Calcutta medical institutions reports 1892-1900
Year: 1892
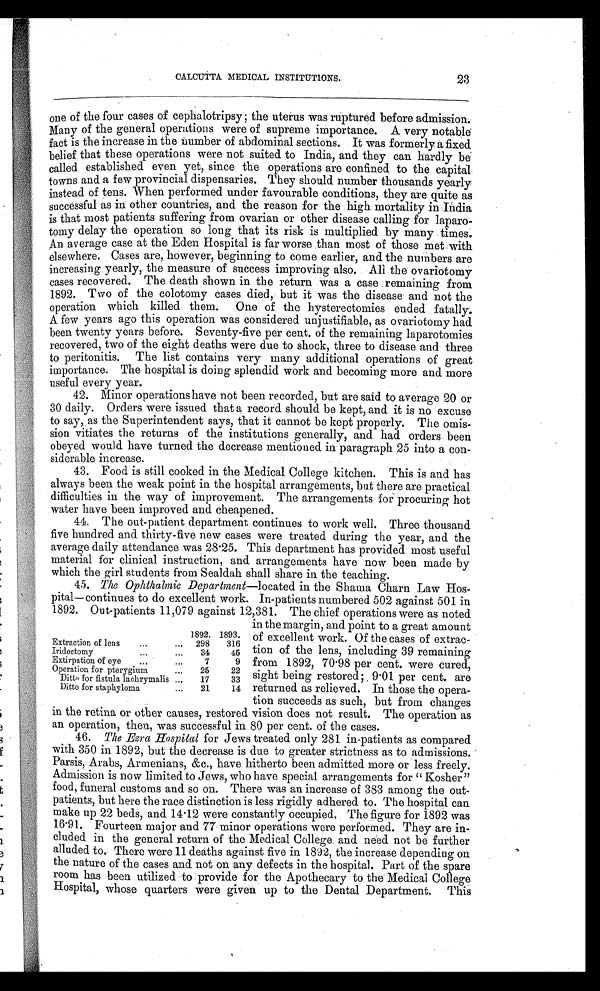
23
CALCUTTA MEDICAL INSTITUTIONS.
one of the four cases of cephalotripsy ; the uterus was ruptured before admission.
Many of the general operations were of supreme importance. A very notable
fact is the increase in the number of abdominal sections. It was formerly a fixed
belief that these operations were not suited to India, and they can hardly be
called established even yet, since the operations are confined to the capital
towns and a few provincial dispensaries. They should number thousands yearly
instead of tens. When performed under favourable conditions, they are quite as
successful as in other countries, and the reason for the high mortality in India
is that most patients suffering from ovarian or other disease calling for laparo-
tomy delay the operation so long that its risk is multiplied by many times.
An average case at the Eden Hospital is far worse than most of those met with
elsewhere. Cases are, however, beginning to come earlier, and the numbers are
increasing yearly, the measure of success improving also. All the ovariotomy
cases recovered. The death shown in the return was a case remaining from
1892. Two of the colotomy cases died, but it was the disease and not the
operation which killed them. One of the hysterectomies ended fatally.
A few years ago this operation was considered unjustifiable, as ovariotomy had
been twenty years before. Seventy-five per cent. of the remaining laparotomies
recovered, two of the eight deaths were due to shock, three to disease and three
to peritonitis. The list contains very many additional operations of great
importance. The hospital is doing splendid work and becoming more and more
useful every year.
42. Minor operations have not been recorded, but are said to average 20 or
30 daily. Orders were issued that a record should be kept, and it is no excuse
to say, as the Superintendent says, that it cannot be kept properly. The omis-
sion vitiates the returns of the institutions generally, and had orders been
obeyed would have turned the decrease mentioned in paragraph 25 into a con-
siderable increase.
43. Food is still cooked in the Medical College kitchen. This is and has
always been the weak point in the hospital arrangements, but there are practical
difficulties in the way of improvement. The arrangements for procuring hot
water have been improved and cheapened.
44. The out-patient department continues to work well. Three thousand
five hundred and thirty-five new cases were treated during the year, and the
average daily attendance was 28.25. This department has provided most useful
material for clinical instruction, and arrangements have now been made by
which the girl students from Sealdah shall share in the teaching.
45. The Ophthalmic Department—located in the Shama Charn Law Hos-
pital—continues to do excellent work. In-patients numbered 502 against 501 in
1892. Out-patients 11,079 against 12,381. The chief operations were as noted
1892. 1893.
Extraction of lens
...
... 298
316
Iridectomy
...
...
34
45
Extirpation of eye
...
...
7
9
Operation for pterygium
...
25
22
Ditto for fistula lachrymalis ...
17
33
Ditto for staphyloma
...
21
14
in the margin, and point to a great amount
of excellent work. Of the cases of extrac-
tion of the lens, including 39 remaining
from 1892, 70.98 per cent, were cured,
sight being restored; 9.01 per cent. are
returned as relieved. In those the opera-
tion succeeds as such, but from changes
in the retina or other causes, restored vision does not result. The operation as
an operation, then, was successful in 80 per cent. of the cases.
46. The Ezra Hospital for Jews treated only 281 in-patients as compared
with 350 in 1892, but the decrease is due to greater strictness as to admissions.
Parsis, Arabs, Armenians, &c., have hitherto been admitted more or less freely.
Admission is now limited to Jews, who have special arrangements for " Kosher"
food, funeral customs and so on. There was an increase of 383 among the out-
patients, but here the race distinction is less rigidly adhered to. The hospital can
make up 22 beds, and 14.12 were constantly occupied. The figure for 1892 was
16.91. Fourteen major and 77 minor operations were performed. They are in-
cluded in the general return of the Medical College and need not be further
alluded to. There were 11 deaths against five in 1892, the increase depending on
the nature of the cases and not on any defects in the hospital. Part of the spare
room has been utilized to provide for the Apothecary to the Medical College
Hospital, whose quarters were given up to the Dental Department. This